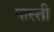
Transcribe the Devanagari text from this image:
पास्ती